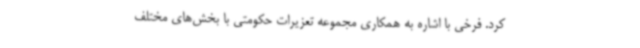
کرد. فرخی با اشاره به همکاری مجموعه تعزیرات حکومتی با بخش‌های مختلف